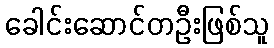
ခေါင်းဆောင်တဦးဖြစ်သူ